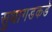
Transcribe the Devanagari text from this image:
सुधागडकडे